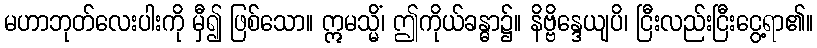
မဟာဘုတ်လေးပါးကို မှီ၍ ဖြစ်သော။ ဣမသ္မိံ၊ ဤကိုယ်ခန္ဓာ၌။ နိဗ္ဗိန္ဒေယျပိ၊ ငြီးလည်းငြီးငွေ့ရာ၏။